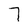
Character: 7